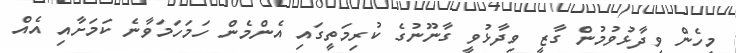
މިހެން ވިދާޅުވުމުން ގާޒީ ވިދާޅުވީ ގާނޫނުގެ ކުރިމަތީގައި އެންމެން ހަމަހަމަވާނެ ކަމަށާއި އެއް